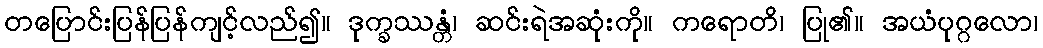
တပြောင်းပြန်ပြန်ကျင့်လည်၍။ ဒုက္ခဿန္တံ၊ ဆင်းရဲအဆုံးကို။ ကရောတိ၊ ပြု၏။ အယံပုဂ္ဂလော၊